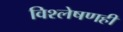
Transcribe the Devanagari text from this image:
विश्‍लेषणही